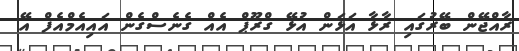
ރާއްޖޭން ބޭރުގައި ރާޅާ އަޅަން އުޅޭ ގްރޫޕް އެއް ގެނެސްގެން އައިއެމްއެފް އޭ